Code of medical and sanitary regulations for the guidance of medical officers serving in the Madras Presidency - Volume I
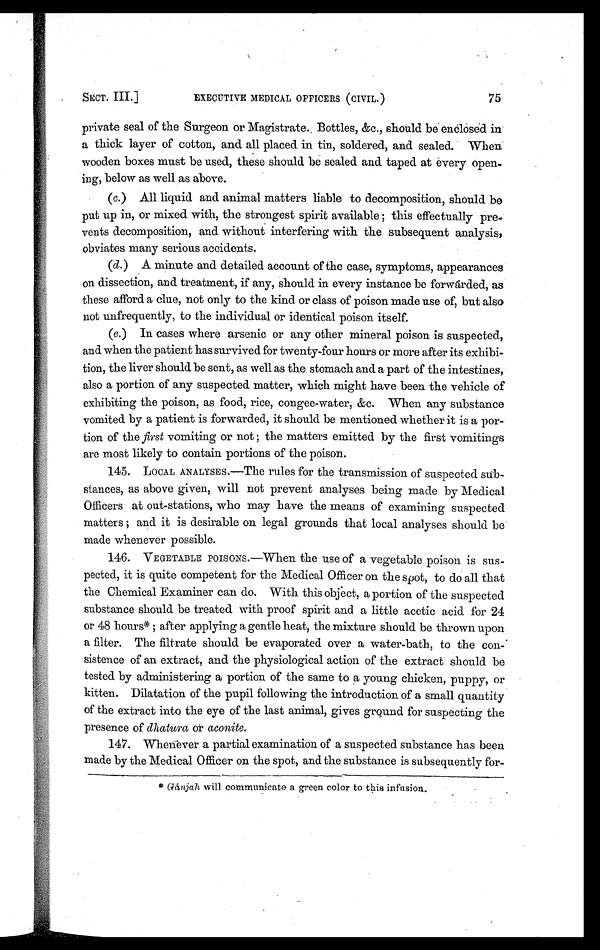
SECT. III.]
EXECUTIVE MEDICAL OFFICERS (CIVIL.)
75
private seal of the Surgeon or Magistrate. Bottles, &c., should be enclosed in
a thick layer of cotton, and all placed in tin, soldered, and sealed. When.
wooden boxes must be used, these should be sealed and taped at every open
-ing, below as well as above.
(c.) All liquid and animal matters liable to decomposition, should be
put up in, or mixed with, the strongest spirit available ; this effectually pre
- v e n t s d e c o m p o s i t i o n , a n d w i t h o u t i n t e r f e r i n g w i t h t h e s u b s e q u e n t a n a l y s i s ,
obviates many serious accidents.
(d.) A minute and detailed account of the case, symptoms, appearances
on dissection, and treatment, if any, should in every instance be forwarded, as
these afford a clue, not only to the kind or class of poison made use of, but also
not unfrequently, to the individual or identical poison itself.
(e.) In cases where arsenic or any other mineral poison is suspected,
and when the patient has survived for twenty-four hours or more after its exhibi
-tion, the liver should be sent, as well as the stomach and a part of the intestines,
also a portion of any suspected matter, which might have been the vehicle of
exhibiting the poison, as food, rice, congee-water, &c. When any substance
vomited by a patient is forwarded, it should be mentioned whether it is a por
-tion of the first vomiting or not ; the matters emitted by the first vomitings
are most likely to contain portions of the poison.
145. LOCAL ANALYSES.—The rules for the transmission of suspected sub
-stances, as above given, will not prevent analyses being made by Medical
Officers at out-stations, who may have the means of examining suspected
matters ; and it is desirable on legal grounds that local analyses should be
made whenever possible.
146. VEGETABLE POISONS.—When the use of a vegetable poison is sus
-pected, it is quite competent for the Medical Officer on the spot, to do all that
the Chemical Examiner can do. With this object, a portion of the suspected
substance should be treated with proof spirit and a little acetic acid for 24
or 48 hours* ; after applying a gentle heat, the mixture should be thrown upon
a filter. The filtrate should be evaporated over a water-bath, to the con
-sistence of an extract, and the physiological action of the extract should be
tested by administering a portion of the same to a young chicken, puppy, or
kitten. Dilatation of the pupil following the introduction of a small quantity
of the extract into the eye of the last animal, gives ground for suspecting the
presence of dhatura or aconite.
147. Whenever a partial examination of a suspected substance has been
made by the Medical Officer on the spot, and the substance is subsequently for-
* G a n j a h w i l l c o m m u n i c a t e a g r e e n c o l o r t o t h i s i n f u s i o n , .